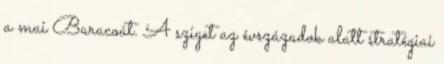
a mai Baracoát. A sziget az évszázadok alatt stratégiai